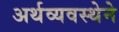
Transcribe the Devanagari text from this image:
अर्थव्यवस्थेने